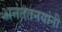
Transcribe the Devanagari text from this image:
अनंततनयांनी